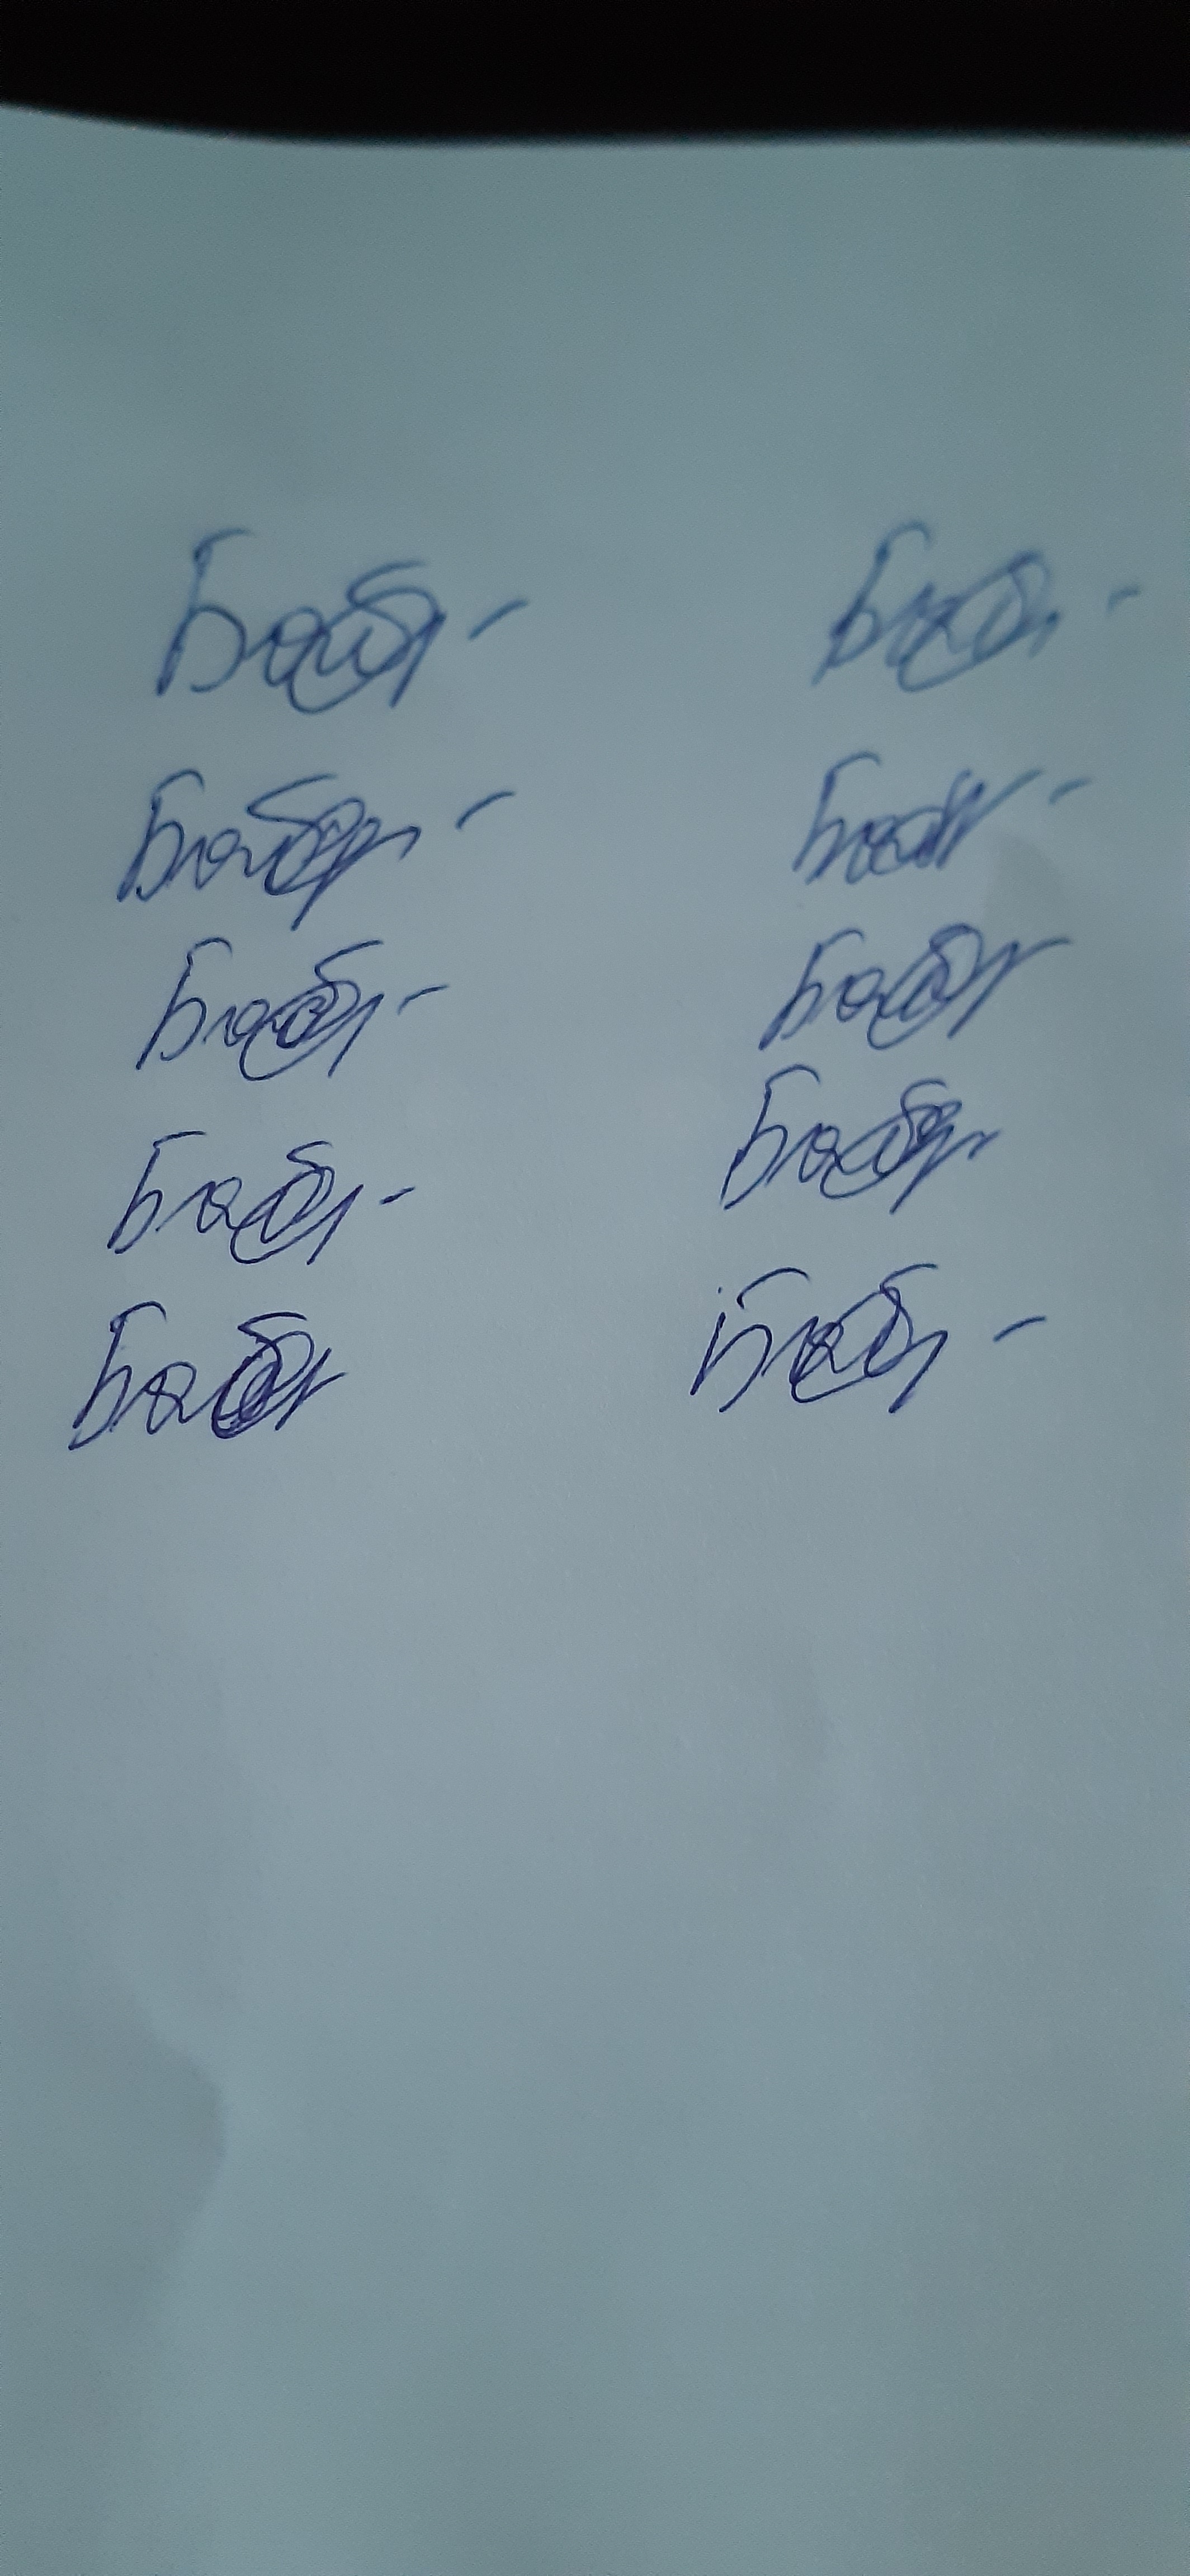
Signature authenticity: genuine